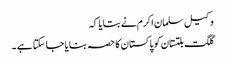
وکیل سلمان اکرم نے بتایا کہ
گلگت بلتستان کو پاکستان کا حصہ بنایا جا سکتا ہے ۔